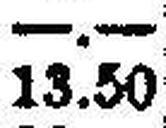
13.50